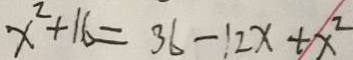
x ^ { 2 } + 1 6 = 3 6 - 1 2 x + x ^ { 2 }